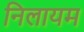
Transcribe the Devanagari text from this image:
निलायम